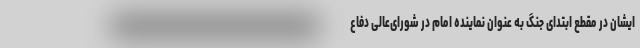
ایشان در مقطع ابتدای جنگ به عنوان نماینده امام در شورای‌عالی دفاع